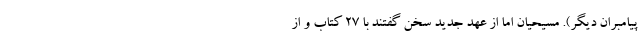
پیامبران دیگر). مسیحیان اما از عهد جدید سخن گفتند با 27 کتاب و از